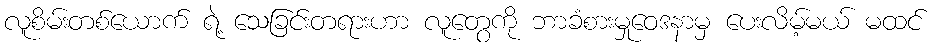
လူစိမ်းတစ်ယောက် ရဲ့ သေခြင်းတရားဟာ လူတွေကို ဘာခံစားမှုဝေဒနာမှ ပေးလိမ့်မယ် မထင်